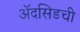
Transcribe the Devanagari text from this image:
ॲदसिडची